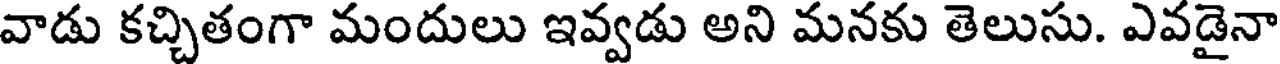
వాడు కచ్చితంగా మందులు ఇవ్వడు అని మనకు తెలుసు. ఎవడైనా